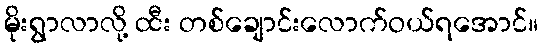
မိုးရွာလာလို့ ထီး တစ်ချောင်းလောက်ဝယ်ရအောင်။